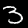
Digit: 3